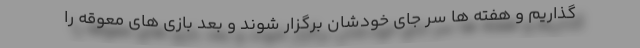
گذاریم و هفته ها سر جای خودشان برگزار شوند و بعد بازی های معوقه را